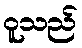
ဝူသည်